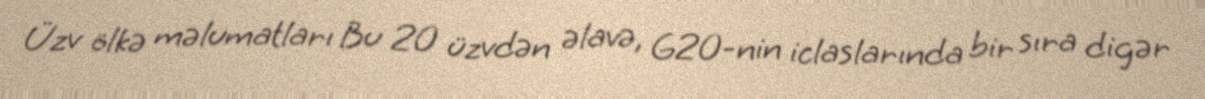
Üzv ölkə məlumatları Bu 20 üzvdən əlavə, G20-nin iclaslarında bir sıra digər